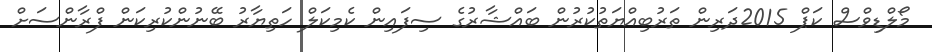
މޯލްޑިވްސް ކަޕް 2015ދަރިން ތަރުބިއްޔަތުކުރުން ބައްޝާރުގެ ސިފައިން ކެމިކަލް ހަތިޔާރު ބޭނުންކުރިކަން ފްރާންސަށް